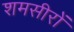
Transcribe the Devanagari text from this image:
शमसीरों